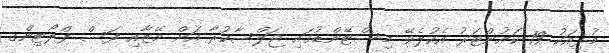
މުޅިއަކު 19 ކައުންޓަރު އެކުލެވޭ މިސްޓޭންޑުގައި ޖަލްސާކުރާ އަށް މޭޒާއި ފަސް ފްލޯޓިންގ